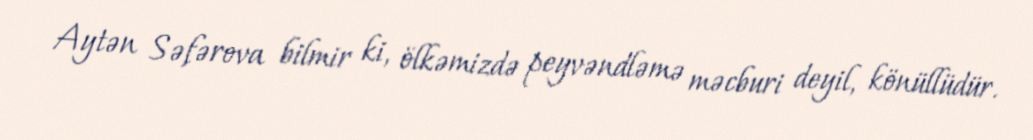
Aytən Səfərova bilmir ki, ölkəmizdə peyvəndləmə məcburi deyil, könüllüdür.